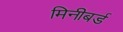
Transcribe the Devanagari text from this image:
मिनीबर्ड